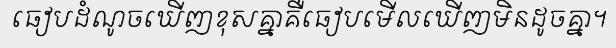
ធៀបដំណូចឃើញខុសគ្នាគឺធៀបមើលឃើញមិនដូចគ្នា។